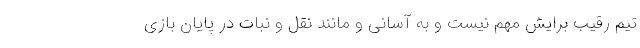
تیم رقیب برایش مهم نیست و به آسانی و مانند نقل و نبات در پایان بازی